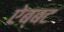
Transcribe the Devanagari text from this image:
ऐब्बट